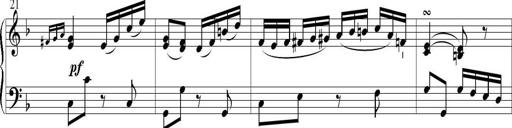
Title: 6 Leichte Sonatinen, Teil 1
Composer: F. Sigismund Sander